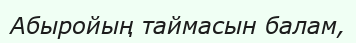
Абыройың таймасын балам,